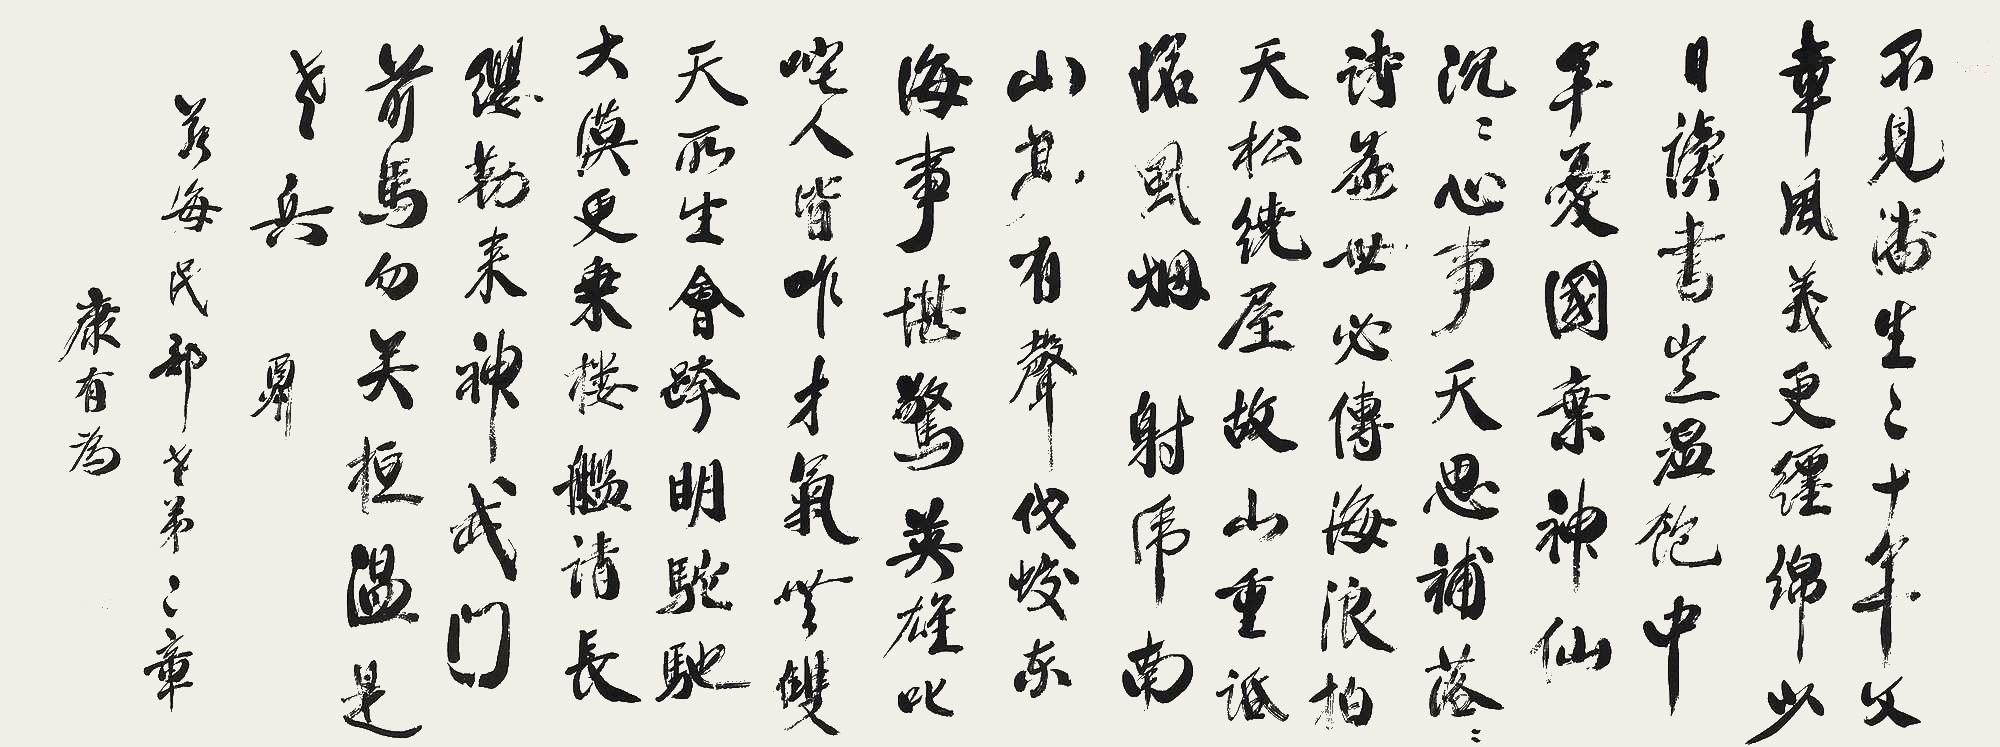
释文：不见潘生二十年，文章风义更缠绵。少日读书岂温饱，中年忧国弃神仙。沉沉心事天思补，落落诗篇世必传。海浪拍天松绕屋，故山重话怆风烟。射虎南山□有声，伐蛟东海事堪惊。英雄叱咤人皆咋，才气无双天所生。会跨明驼驰大漠，更乘楼舰请长缨。勒来神武门前马，勿笑桓温是老兵。酬若海民部老弟二章。康有为。